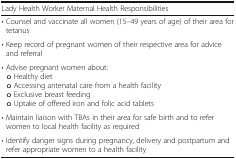
<table><thead><tr><td><b>Lady Health Worker Maternal Health Responsibilities</b></td></tr></thead><tbody><tr><td>• Counsel and vaccinate all women (15–49 years of age) of their area for tetanus</td></tr><tr><td>• Keep record of pregnant women of their respective area for advice and referral</td></tr><tr><td>• Advise pregnant women about:o Healthy dieto Accessing antenatal care from a health facilityo Exclusive breast feedingo Uptake of offered iron and folic acid tablets</td></tr><tr><td>• Maintain liaison with TBAs in their area for safe birth and to refer women to local health facility as required</td></tr><tr><td>• Identify danger signs during pregnancy, delivery and postpartum and refer appropriate women to a health facility</td></tr></tbody></table>